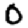
Digit: 0